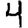
Digit: 4